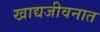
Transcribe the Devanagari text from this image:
खाद्यजीवनात